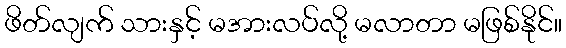
ဖိတ်လျက် သားနှင့် မအားလပ်လို့ မလာတာ မဖြစ်နိုင်။